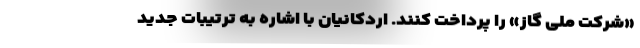
«شرکت ملی گاز» را پرداخت کنند. اردکانیان با اشاره به ترتیبات جدید